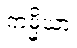
ကမ္မိယာ